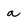
Character: a